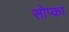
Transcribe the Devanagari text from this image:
सोप्का